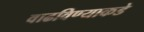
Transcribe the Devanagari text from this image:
वाढविण्याकडे